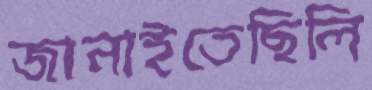
জানাইতেছিলি